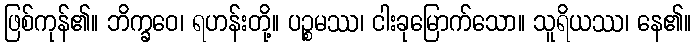
ဖြစ်ကုန်၏။ ဘိက္ခဝေ၊ ရဟန်းတို့။ ပဉ္စမဿ၊ ငါးခုမြောက်သော။ သူရိယဿ၊ နေ၏။